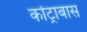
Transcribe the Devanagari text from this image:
कोंट्राबास